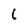
Character: 6